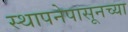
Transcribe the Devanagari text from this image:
स्थापनेपासूनच्या